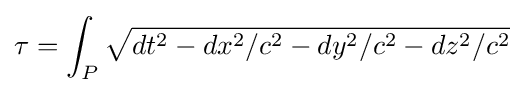
\tau =\int _{P}{\sqrt {dt^{2}-dx^{2}/c^{2}-dy^{2}/c^{2}-dz^{2}/c^{2}}}